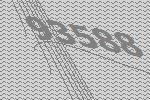
93588